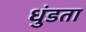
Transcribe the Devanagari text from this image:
धुंडता